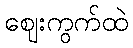
ဈေးကွက်ထဲ